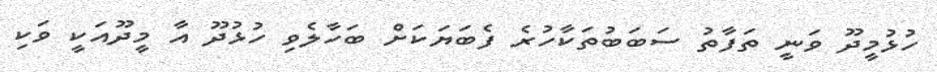
ހުޅުމީދޫ ވަނީ ތަފާތު ސަބަބުތަކާހުރެ ފެބަޔަކަށް ބަހާލެވި ހުޅުދޫ އާ މީދޫއަކީ ވަކި